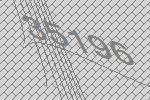
35196